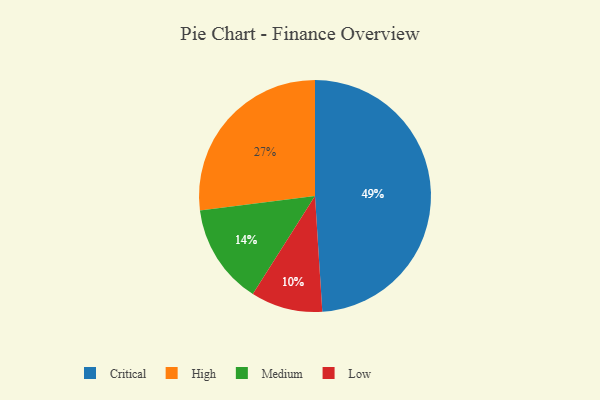
{"axis": {"x": "Category", "y": "Percentage"}, "legend": ["Critical", "High", "Low", "Medium"], "data": [{"x": "Critical", "y": 49, "type": "Critical"}, {"x": "Medium", "y": 14, "type": "Medium"}, {"x": "Low", "y": 10, "type": "Low"}, {"x": "High", "y": 27, "type": "High"}]}